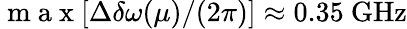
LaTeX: \mathrm{~m~a~x~}[\Delta\delta\omega(\mu)/(2\pi)]\approx 0.35~\mathrm{GHz}